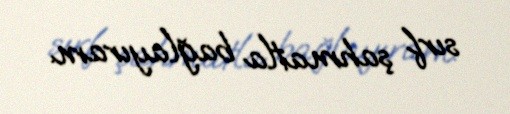
sırf şahmatla bağlayıram.